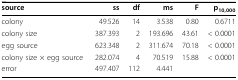
<table><thead><tr><td><b>source</b></td><td><b>ss</b></td><td><b>df</b></td><td><b>ms</b></td><td><b>F</b></td><td><b>p<sub>10,000</sub></b></td></tr></thead><tbody><tr><td>colony</td><td>49.526</td><td>14</td><td>3.538</td><td>0.80</td><td>0.6711</td></tr><tr><td>colony size</td><td>387.393</td><td>2</td><td>193.696</td><td>43.61</td><td>&lt; 0.0001</td></tr><tr><td>egg source</td><td>623.348</td><td>2</td><td>311.674</td><td>70.18</td><td>&lt; 0.0001</td></tr><tr><td>colony size × egg source</td><td>282.074</td><td>4</td><td>70.519</td><td>15.88</td><td>&lt; 0.0001</td></tr><tr><td>error</td><td>497.407</td><td>112</td><td>4.441</td><td></td><td></td></tr></tbody></table>